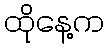
ထိုနေ့က